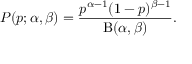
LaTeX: P ( p ; \alpha , \beta ) = { \frac { p ^ { \alpha - 1 } ( 1 - p ) ^ { \beta - 1 } } { \mathrm { B } ( \alpha , \beta ) } } .